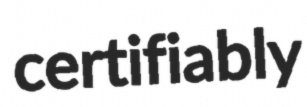
certifiably